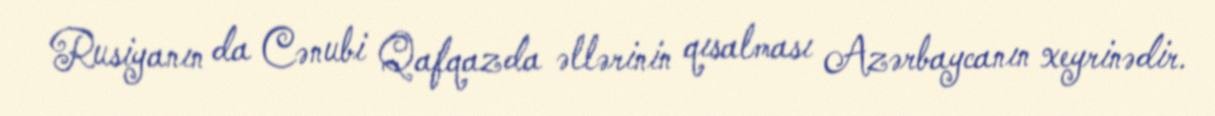
Rusiyanın da Cənubi Qafqazda əllərinin qısalması Azərbaycanın xeyrinədir.